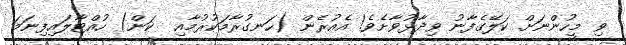
ވި މީހުންނަށް ކަލޭގެފާނު ވިދާޅުވާށެވެ! އެއުރެން (ހަނގުރާމަކުރުމާއި  ކަން) ހުއްޓާލައިފިނަމަ